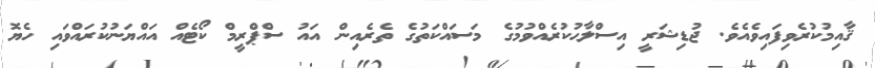
ޤާއިމުކުރެވިފައިވެއެވެ. ޖުޑިޝަރީ އިސްލާޙުކުރެއްވުމުގެ މަސައްކަތުގެ ތެރެއިން އައު ސްޕްރީމް ކޯޓެއް އައްޔަނުކުރައްވައި ހެޔޮ